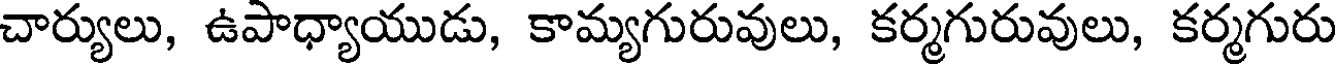
చార్యులు, ఉపాధ్యాయుడు, కామ్యగురువులు, కర్మగురువులు, కర్మగురు